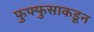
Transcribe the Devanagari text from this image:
फुफ्फुसाकडून